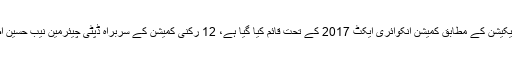
اسلام آباد: نوٹیفیکیشن کے مطابق کمیشن انکوائری ایکٹ 2017 کے تحت قائم کیا گیا ہے، 12 رکنی کمیشن کے سربراہ ڈپٹی چیئرمین نیب حسین اصغر ہوں گے۔